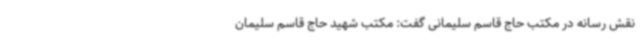
نقش رسانه در مکتب حاج قاسم سلیمانی گفت: مکتب شهید حاج قاسم سلیمان